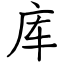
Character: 库